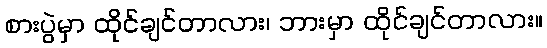
စားပွဲမှာ ထိုင်ချင်တာလား၊ ဘားမှာ ထိုင်ချင်တာလား။